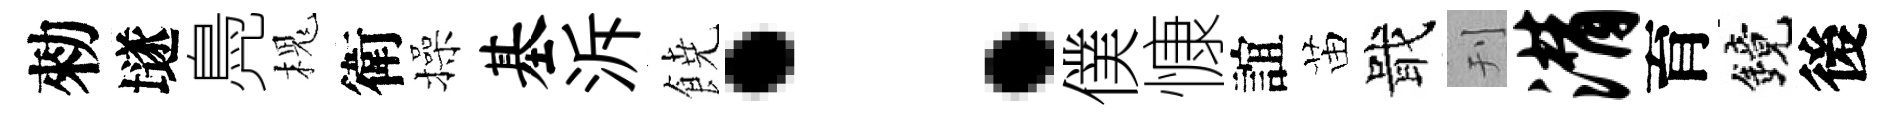
勑𡑞鳧槐衛操基泝𩜙：僕慷誼苗戢刊潸育鏡後